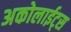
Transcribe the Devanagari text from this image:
अकोलाईट्स